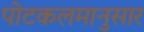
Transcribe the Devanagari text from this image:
पोटकलमानुसार